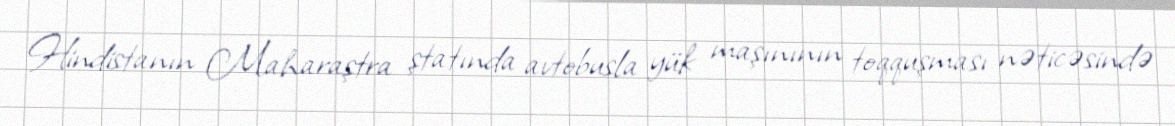
Hindistanın Maharaştra ştatında avtobusla yük maşınının toqquşması nəticəsində